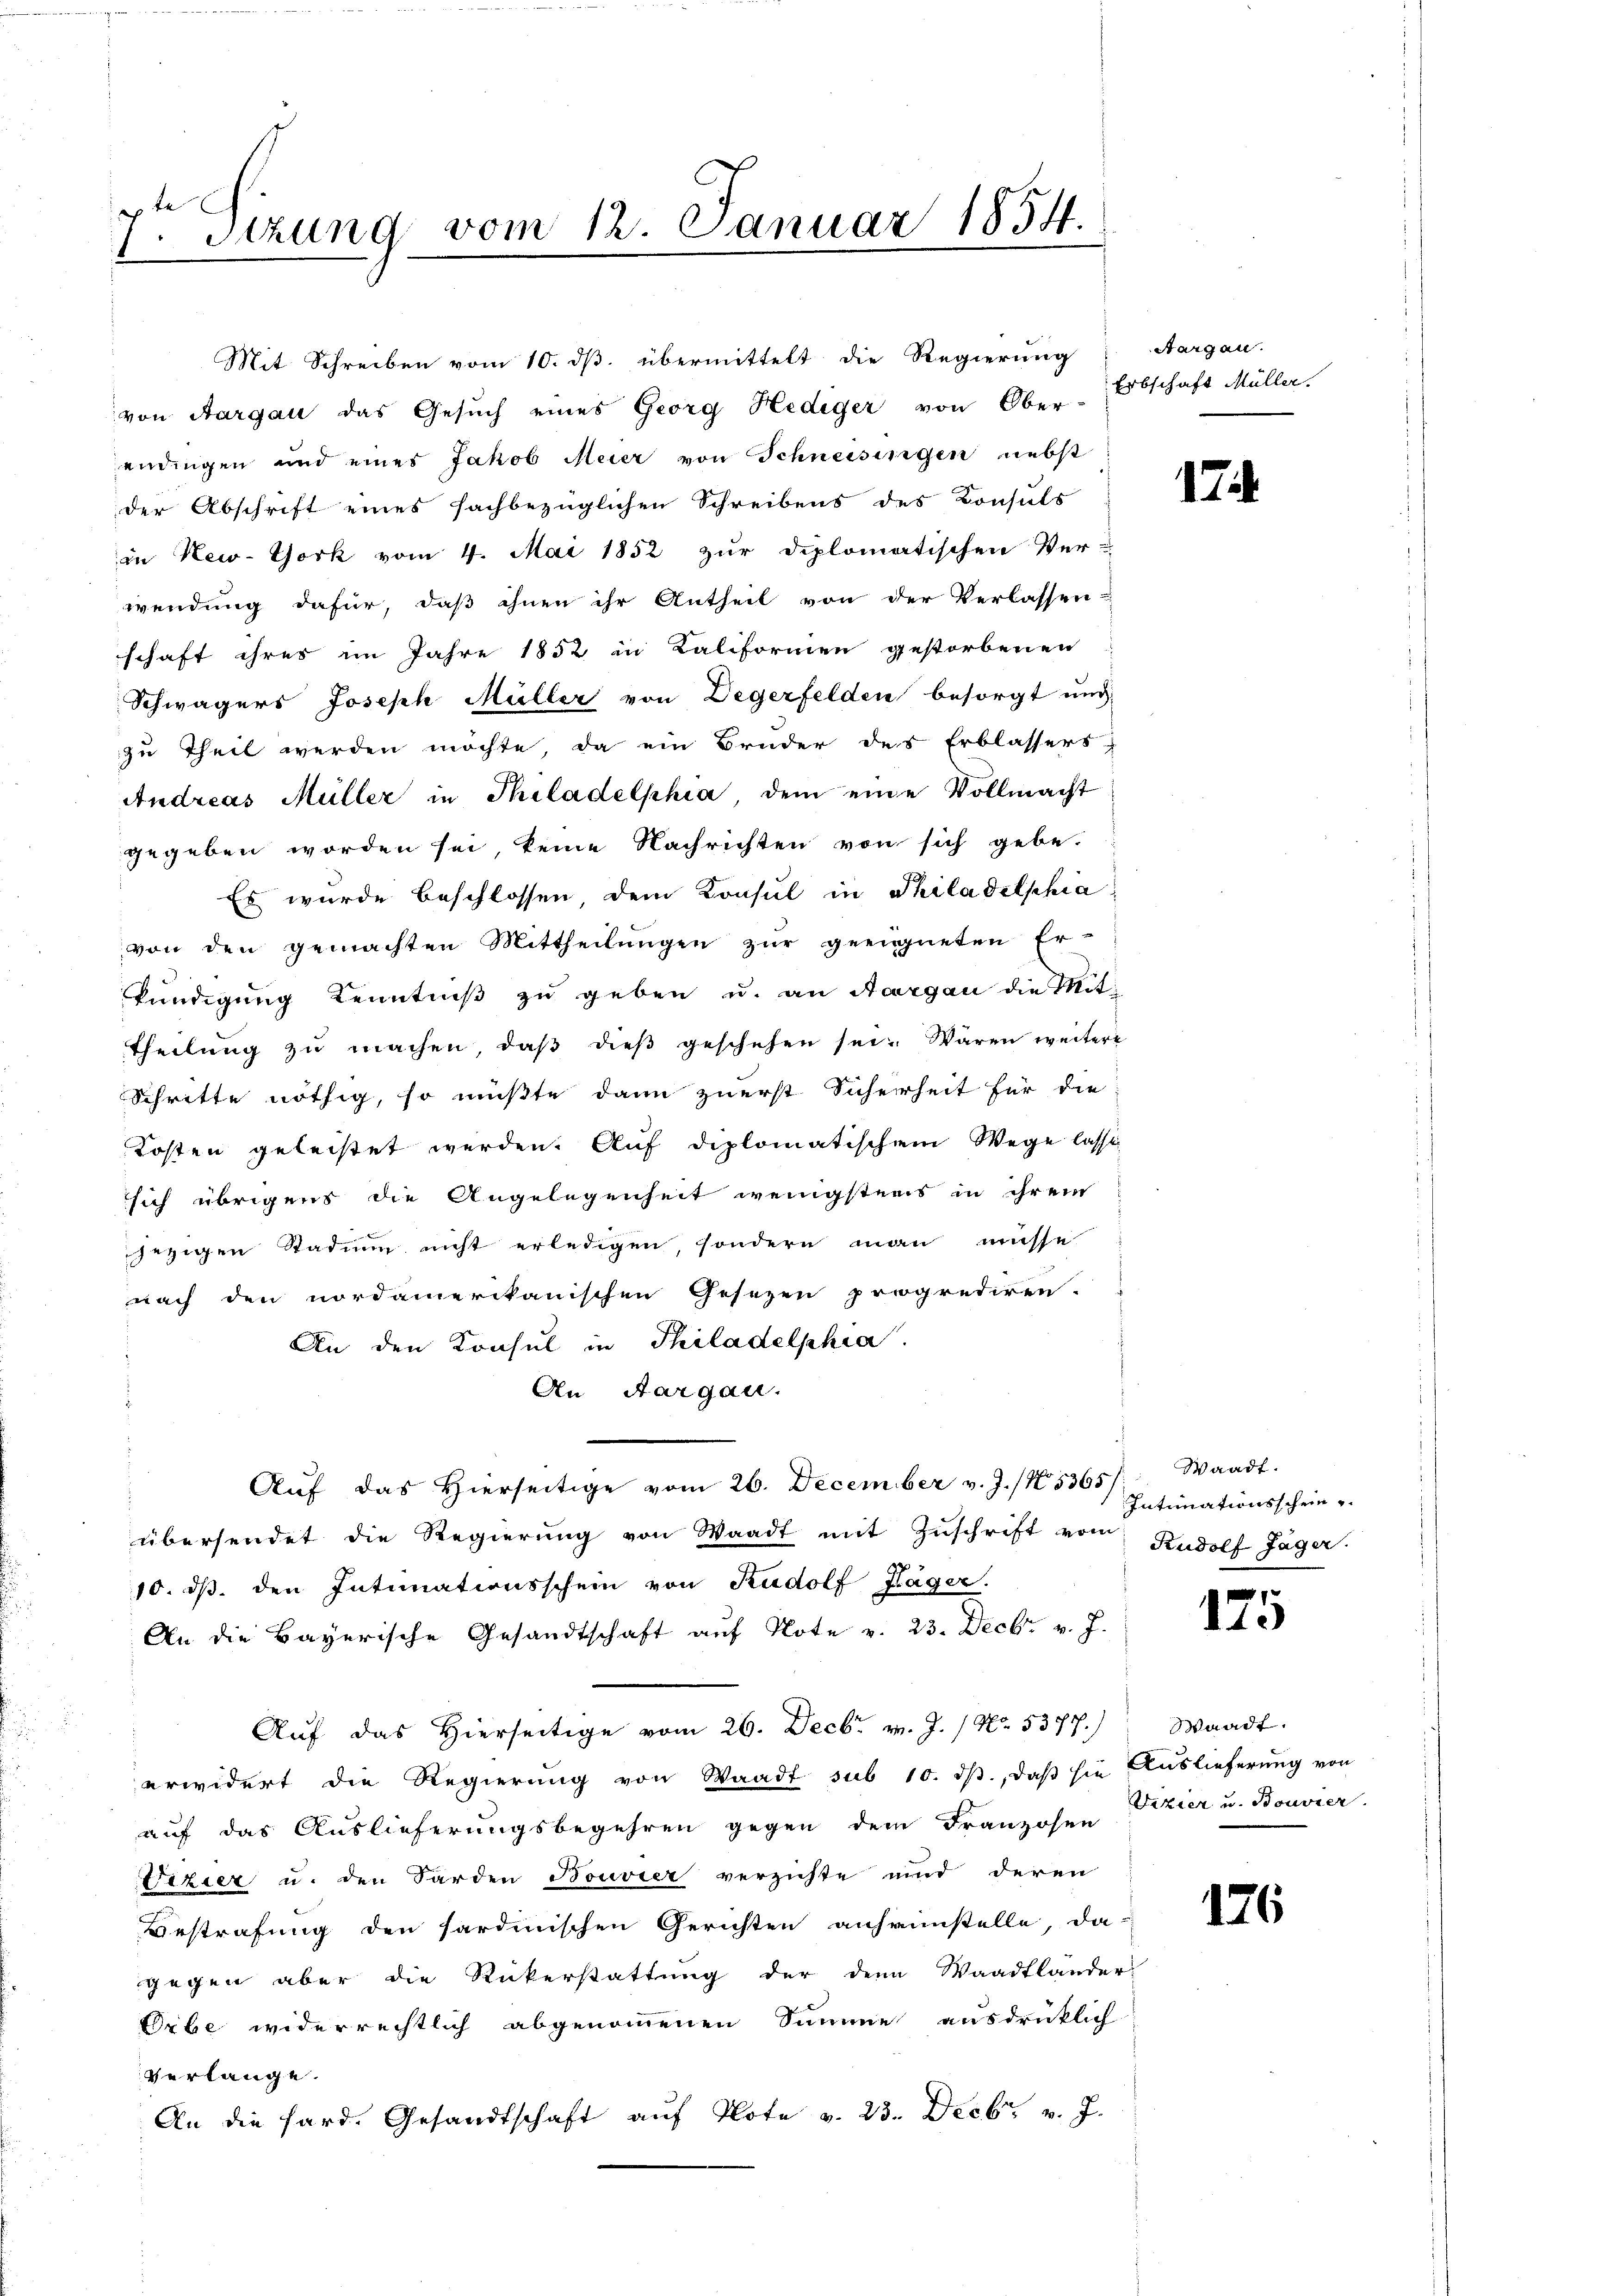
e
1Stzung vom 12. Januar 1854.

Mit Schreiben vom 10. ds. übermittelt die Regierung Aargau.
von Aargau das Gesuch eines Georg Hediger von Ober-Abschaft Müller.
endingen und eines Jakob Meier von Schneisingen nebst
der Abschrift eines fachbezüglichen Schreibens des Konsuls
in New-York vom 4. Mai 1852 zur Diplomatischen Ver-
wendung dafür, daß ihnen ihr Antheil von der Verlassen-
schaft ihres im Jahre 1852 in Kaliformen gestorbenen
Schwägers Joseph Müller von Degerfelden besorgt und
zu Theil werden möchte, da ein Bruder des Erblassers
Andreas Müller in Philadelphia dem eine Vollmacht
gegeben worden sei keine Nachrichten von sich gebe.
Es wurde beschlossen dem Konsul in Philadelphia
von den gemachten Mittheilungen zur geeigneten Er-
kündigung Kenntniß zu geben u. an Aargau die Mit-
Theilung zu machen, daß dieß geschehen sei. Waren weitere
Schritte nöthig, so müßte dann zuerst Sicherheit für die
Kosten geleistet werden. Auf diplomatischem Wege lasse
sich übrigens die Angelegenheit wenigstens in ihrem
jezigen Stadium nicht erledigen, sondern man müsse
nach den nordamerikanischen Gesezen progrediren.
An den Konsul in Philadelphia
An Aargau.
Auf das Hierseitige vom 26. December v. J. /N 5365/
übersendet die Regierŭng von Waadt mit Zŭschrift von Rudolf Jäger
10. dβ. den Intimationsschein von Rudolf Frager.
An die Bayerische Gesandtschaft aŭf Note v. 23. Decbr. v. J.
Aŭf das hierseitige vom 26. Decbr. v. J. / No. 5377.) Waadt.
erwidert die Regierŭng von Waadt sub 10. dβ. daβ sie Auslieferŭng von
auf das Auslieferungsbegehren gegen dem Franzosen
Vezier u. den Sarden Bouvier verzichte und deren
Bestrafung den sardinischen Gerichten anheinstelle, da
gegen aber die Rükerstattung der denn Waadtlander-
Orbe widerrechtlich abgenommenen Summe ausdrücklich
verlange.
An die hard. Gesandtschaft aŭf Note v. 23. Decbr. v. J.

17

Waadt.
Intimationsschein

125

Vizier u. Bouvier.

176